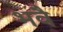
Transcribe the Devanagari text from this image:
भवै